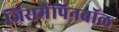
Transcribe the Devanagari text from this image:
जिसमेंपिनबॉल